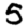
Digit: 5